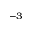
^ { - 3 }